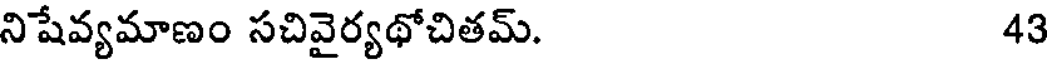
నిషేవ్యమాణం సచివైర్యథోచితమ్. 43